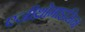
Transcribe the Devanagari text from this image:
एज़ीथ्रोमाइसिन